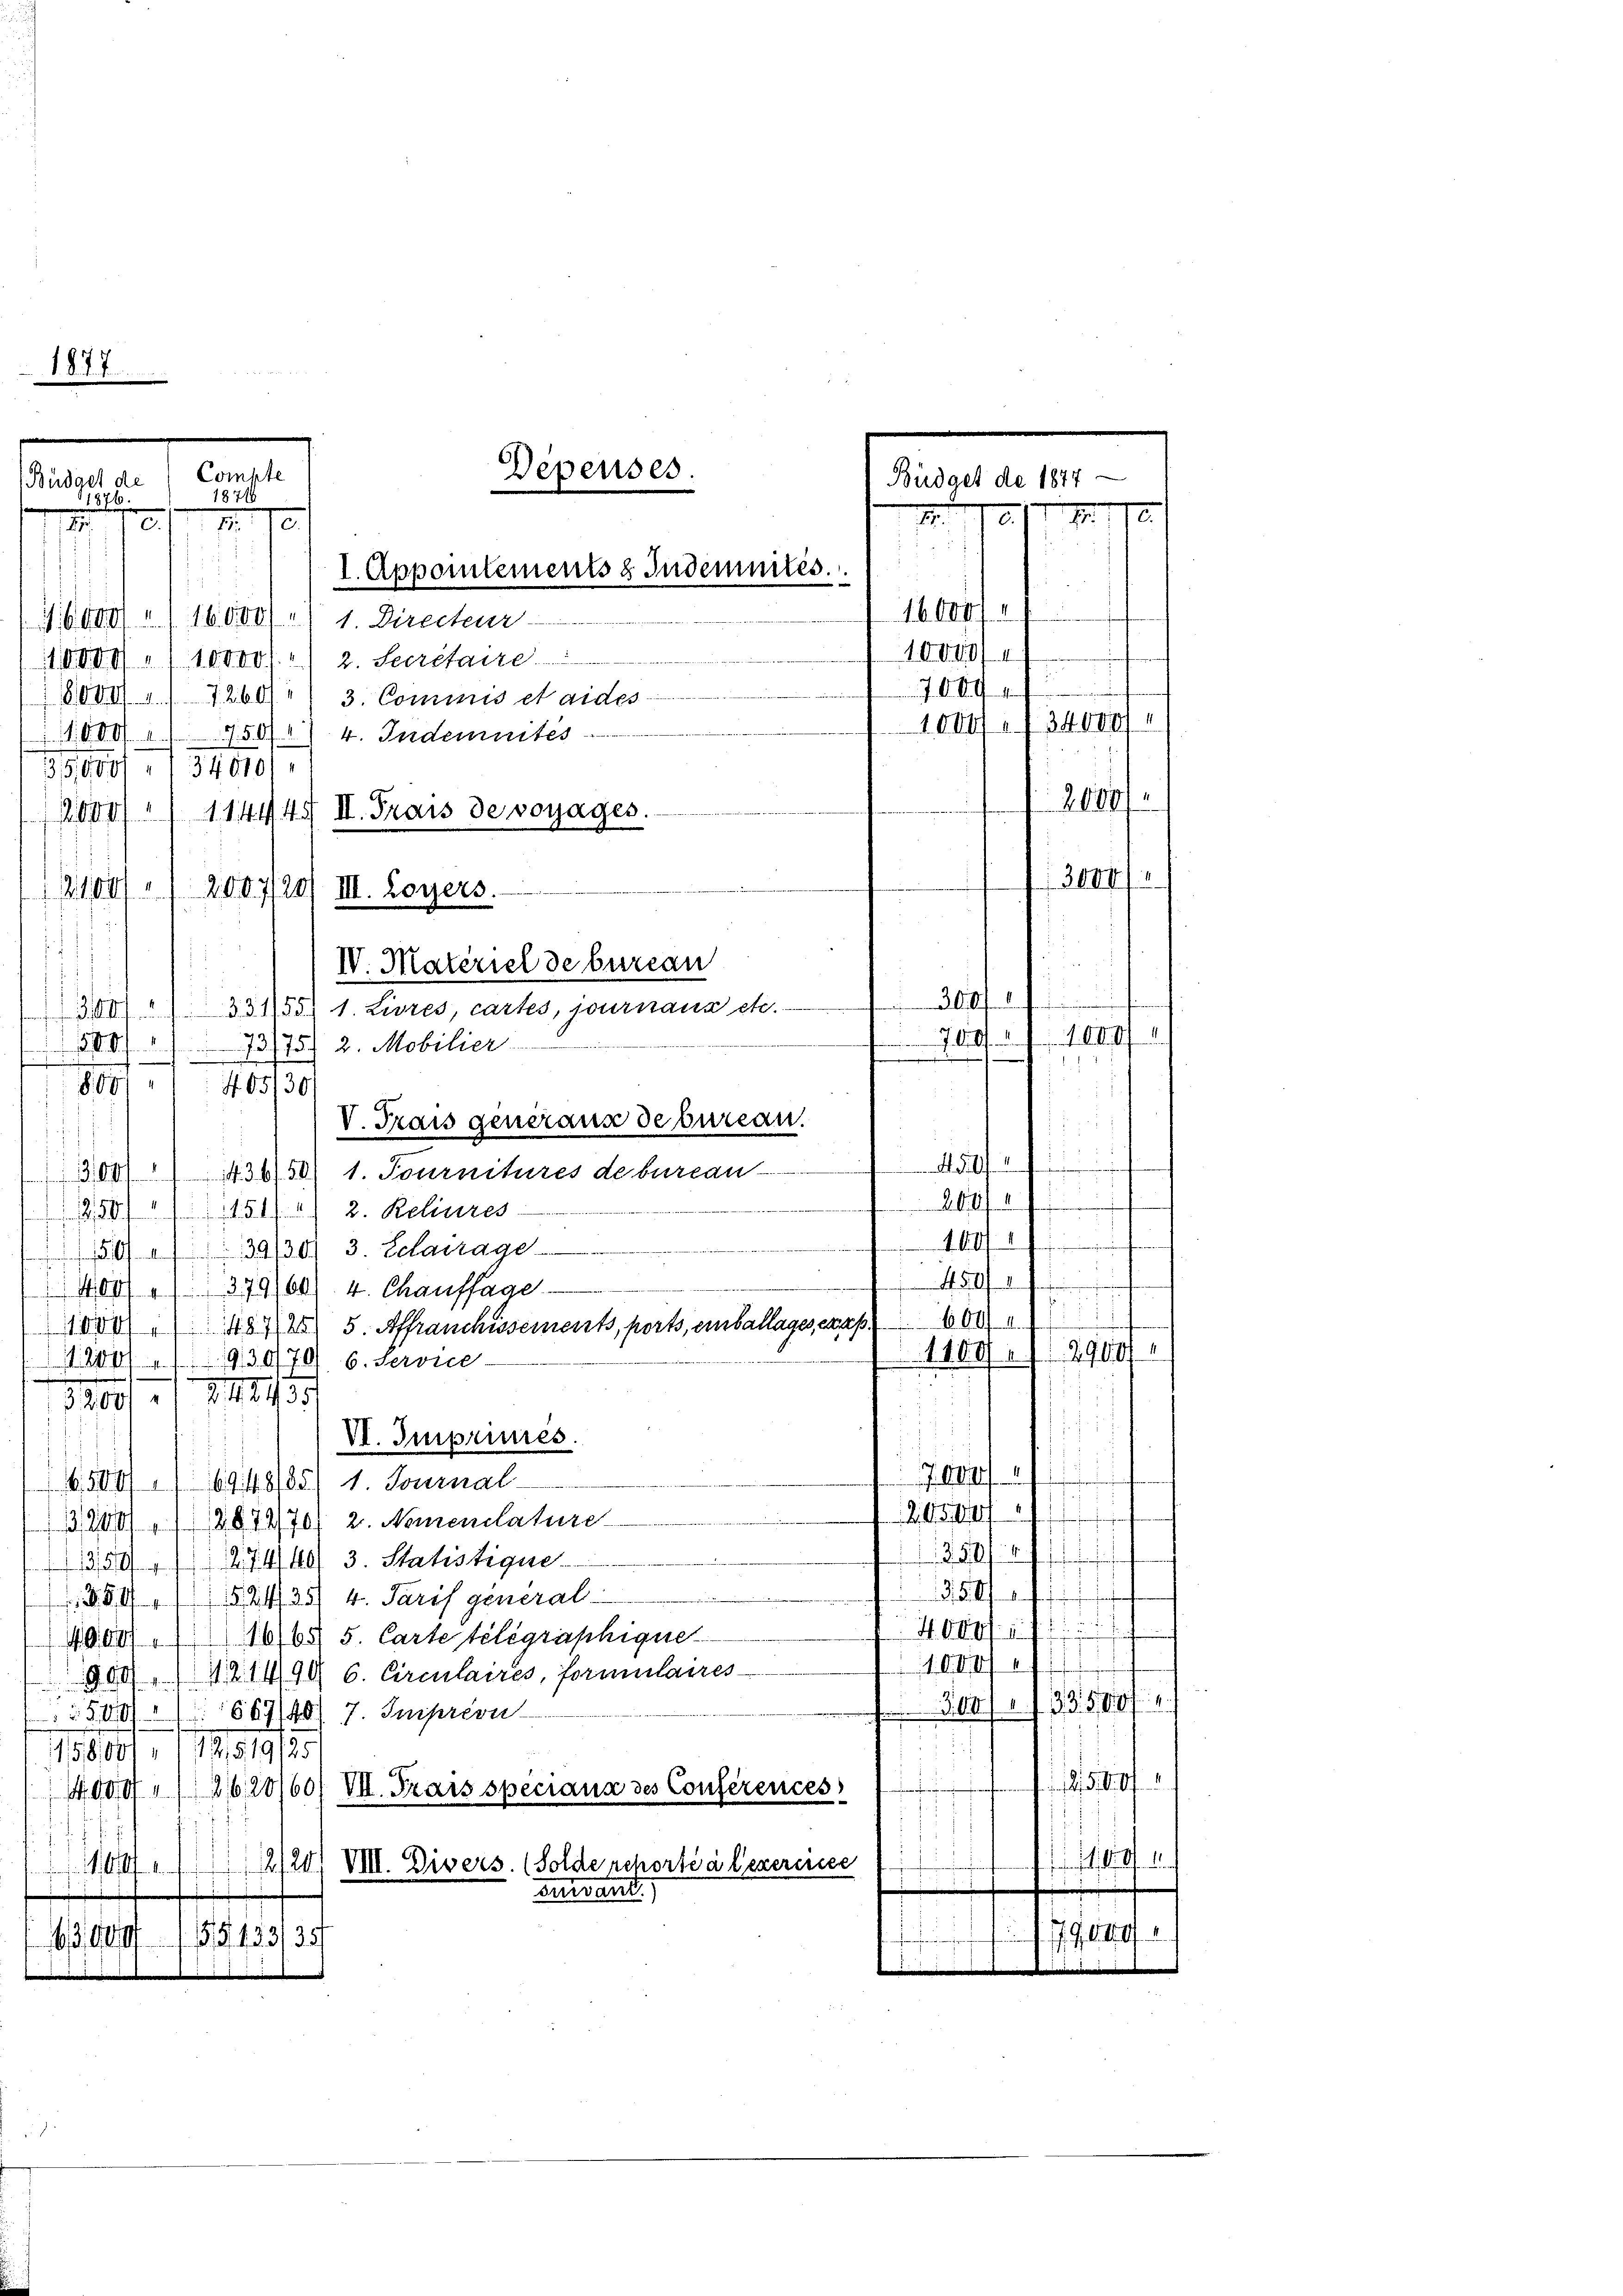
1877

sammen
1871
.
M. 18
c.
2.

.
Depenses.
Compte

1. Apportements & Indemités.
J.6800) " " 16000 Fr. 1 Directeur

10000 " 10000 r. 2. Secretaire.
8000. 7260// 3. Commis et aides
.000 l. 1750) 4. Indemnités.
35,000, 134010/
1
20. d. 720

300), 331155) 1. Livres, cartes, journaux etc.
500/173/75) 2. Mobilier
809: 405/30/
V. Trais generaus debureau.
.
300) 436/50) 1. Tournitures debureau-
f
264. 47
 280 " 151) 2) 2. Relieres
n
5039/30. 3. Sclavrage
450f
100) (379/60) 4. Chaussage
6004.
over 1844 5. Affranchissements, ports, einballages, was
1100/18900
1200. 1930/79 6. Servie-
51007 / XIII.
VI. Imprimés
7
6,500/169148185) 1. Journal
0500
 3201 (1284470. 2. Nonnenlature
.
1390, 1274/40/ 3. Statistique

85I111524/35/ 4. Paris general-
u. 2
i
4.000/1
4900/16/6§ 5. Carte telegraphique
1.O. I
309. d. 21490 6. Circulaires, formulaires
i . . . . 1874
500/1867/40/ 7. Juiprion
.
11801, 112,319/2
.
10000 (2120/60/ VII. Trais speciana des Conferences
.

M. Divers. (Solde reporté à l’exercice
20

Barrannt.
.
5433/35
3.000

12000f " 11444. II. Trais de voyages.
III. Loyers.

IV. Materiel de bureau

Büdget de 1877 —
I. 196. II S. 118.
b. 1807. 4
10040/
.
089
1000/ 34000 F
2604/
300/1
f
. Aufforden Herzeit. Wallis